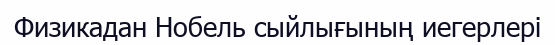
Физикадан Нобель сыйлығының иегерлері